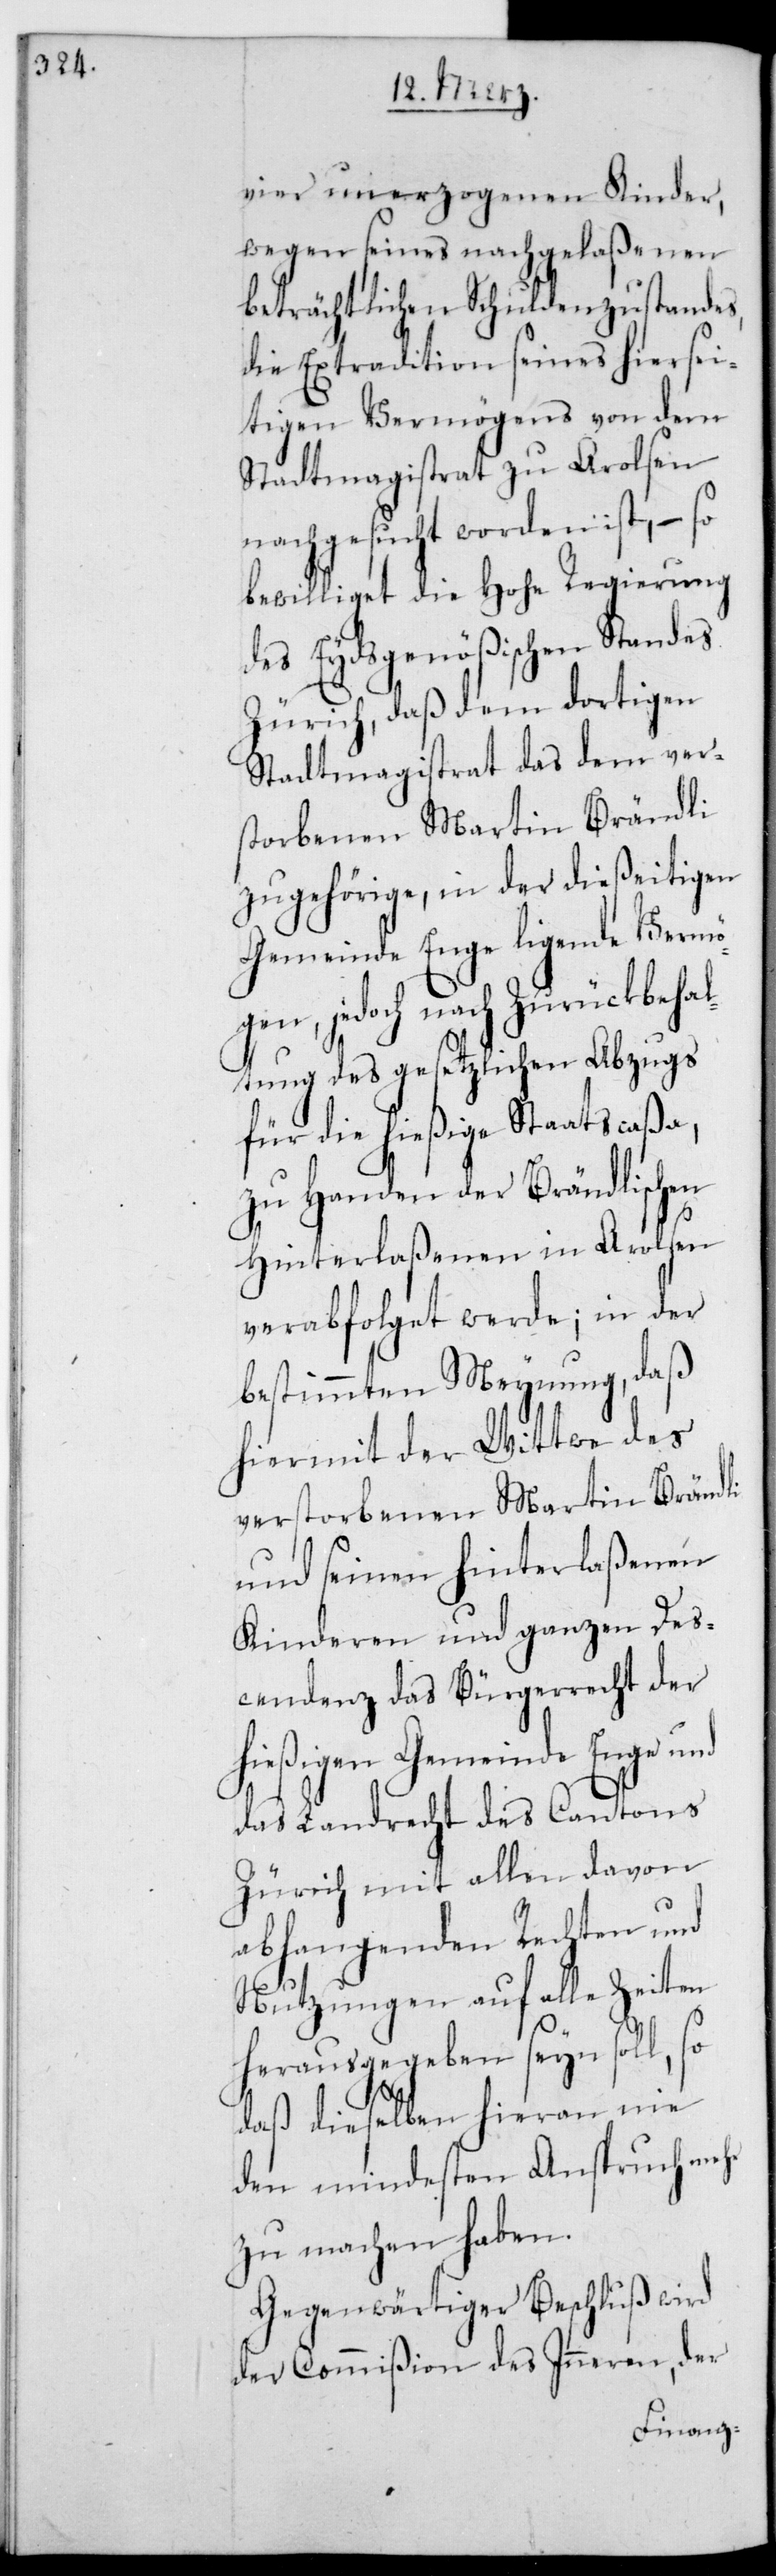
vier unerzogenen Kinder,
wegen seines nachgelaßenen
beträchtlichen Schuldenzustandes,
die Extradition seines hiersei¬
tigen Vermögens von dem
Stadtmagistrat zu Arolsen
nachgesucht worden ist, – so
bewilliget die Hohe Regierung
des Eydsgenößischen Standes
Zürich, daß dem dortigen
Stadtmagistrat das dem ver¬
storbenen Martin Brändli
zugehörige, in der dießeitigen
Gemeinde Enge ligende Vermög¬
en, jedoch nach Zurückbehal¬
tung des gesetzlichen Abzugs
für die hießige Staatscaßa,
zu Handen der Brändlischen
Hinterlaßenen in Arolsen
verabfolget werde; in der
bestimmten Meynung, daß
hiermit der Wittwe des
verstorbenen Martin Brändli
und seinen hinterlaßenen
Kinderen und ganzen Des¬
cendenz das Bürgerrecht der
hießigen Gemeinde Enge und
das Landrecht des Cantons
Zürich mit allen davon
abhangenden Rechten und
Nutzungen auf alle Zeiten
herausgegeben sein soll, so
daß dieselben hieran nie
den mindesten Anspruch mehr
zu machen haben.
Gegenwärtiger Beschluß wird
der Commißion des Inneren, der